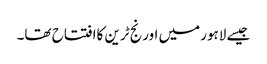
جیسے لاہورمیں اورنج ٹرین کاافتتاح تھا۔